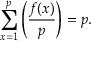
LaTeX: \sum _ { x = 1 } ^ { p } \left( { \frac { f ( x ) } { p } } \right) = p .